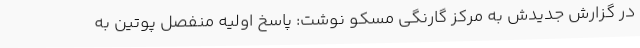
در گزارش جدیدش به مرکز گارنگی مسکو نوشت: پاسخ اولیه منفصل پوتین به